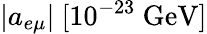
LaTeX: |a_{e\mu}|~[10^{-23}~\mathrm{{GeV}]}